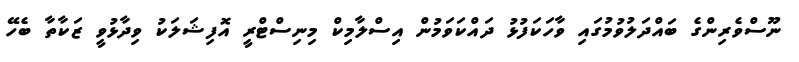
ނޫސްވެރިންގެ ބައްދަލުވުމުގައި ވާހަކަފުޅު ދައްކަވަމުން އިސްލާމިކް މިނިސްޓްރީ އޮފިޝަލަކު ވިދާޅުވީ ޒަކާތާ ބެހޭ